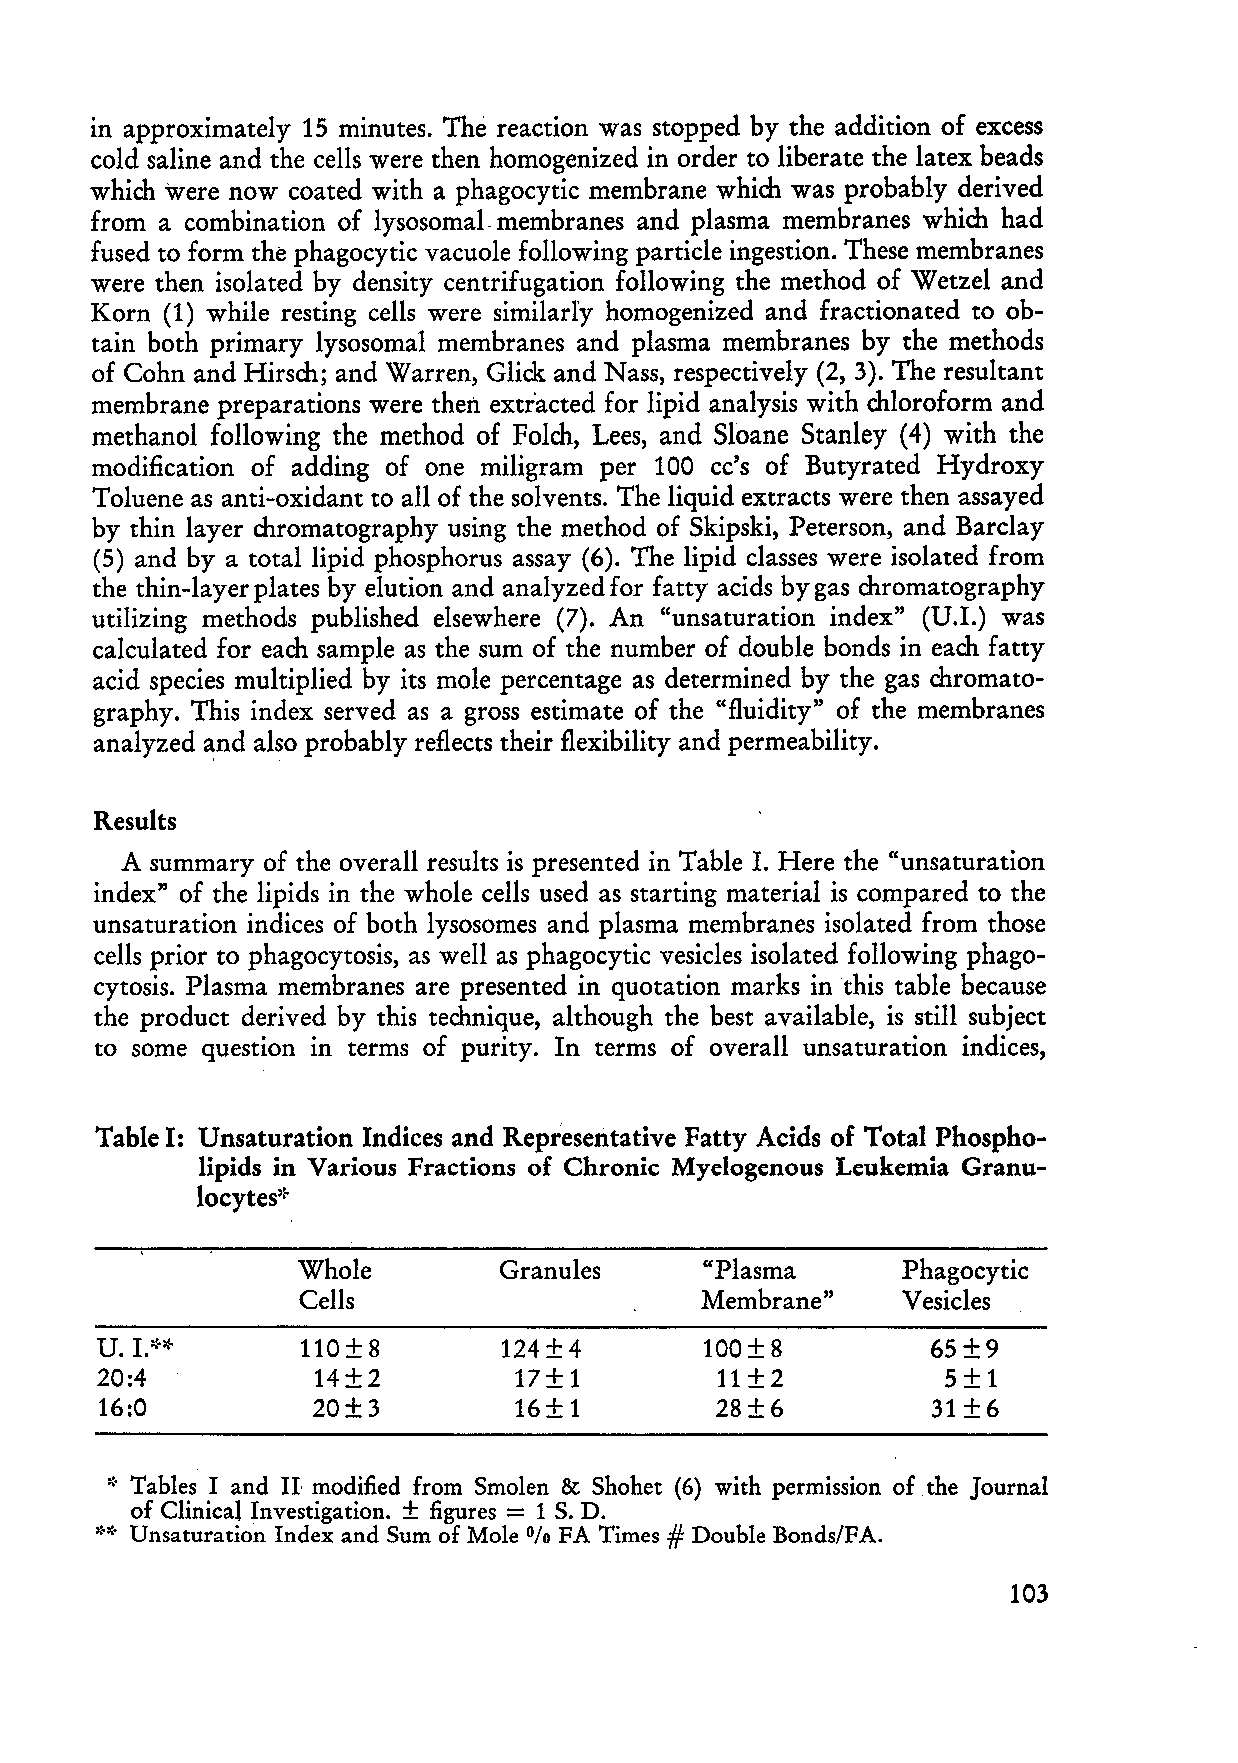
in approximately 15 minutes. The re action was stopped by the addition of excess
 cold saline and the cells were then homogenized in order to liberate the latex beads
 which were now coated with a phagocytic membrane which was probably derived
 from a combination of lysosomal. membranes and plasma membranes which had
 fused to form the phagocytic vacuole following particle ingestion. These membranes
 were then isolated by density centrifugation following the method of Wetzel and
 Korn (1) while resting cells were similarIy homogenized and fractionated to ob
 tain both primary lysosomal membranes and plasma membranes by the methods
 of Cohn and Hirsch; and Warren, Glick and Nass, respectively (2, 3). The resultant
 membrane preparations were then extiacted for lipid analysis with chloroform and
 methanol following the method of Folch, Lees, and Sloane Stanley (4) with the
 modification of adding of one miligram per 100 cc's of Butyrated Hydroxy
 Toluene as anti-oxidant to all of the solvents. The liquid extracts were then assayed
 by thin layer chromatography using the method of Skipski, Peterson, and Barclay
 (5) and by a total lipid phosphorus assay (6). The lipid classes were isolated from
 the thin-layerplates by elution and analyzedfor fatty acids bygas chromatography
 utilizing methods published elsewhere (7). An "unsaturation index" (V.I.) was
 calculated for each sampie as the sum of the number of double bonds in each fatty
 acid species multiplied by its mole percentage as determined by the gas chromato
 graphy. This index served as a gross es ti mate of the "fluidity" of the membranes
 analyzed ",:nd also probably reflects their flexibility and permeability.
 Results
 A summary of the overall results is presented in Table I. Here the "unsaturation
 index" of the lipids in the whole cells used as starting material is compared to the
 unsaturation indices of both lysosomes and plasma membran es isolated from those
 cells prior to phagocytosis, as weIl as phagocytic vesicles isolated following phago
 cytosis. Plasma membranes are presented in quotation marks in this table because
 the product derived by this technique, although the best available, is still subject
 to some question in terms of purity. In terms of overall unsaturation indices,
 Table I: Vnsaturation Indices and Representative Fatty Acids of Total Phospho
 lipids in Various Fractions of Chronic Mye1ogenous Leukemia Granu
 locytes:~
 Whole        Granules      "Plasma      Phagocytic
 Cells                     Membrane"     Vesicles
 V.I.**        110±8        124±4         100±8          65±9
 20:4           14+2         17+ 1        11 ±2           5±1
 16:0           20+3         16+ 1        28±6           31 +6
 n
 ::. Tables land modified from Smolen & Shohet (6) with permission of the Journal
 =
 of Clinical Investigation. ± figures 1 S. D.
 #
 *,~ Unsaturation Index and Sum of Mole % FA Times Double Bonds/FA.
 103